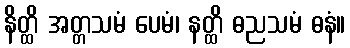
နိတ္ထိ အတ္တသမံ ပေမံ၊ နတ္ထိ ဓညသမံ ဓနံ။